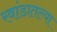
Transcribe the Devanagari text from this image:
रवांडातल्‍या